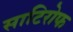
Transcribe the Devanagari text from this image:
साटिरोफ